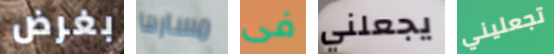
بغرض مسارها فى يجعلني تجعليني